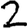
Digit: 2